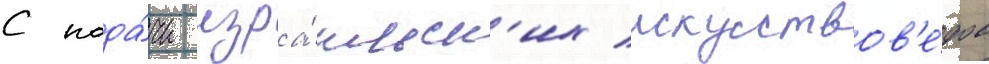
С пода́чи изра́ильск'их искусствов'е́дов